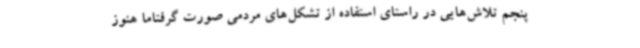
پنجم تلاش‌هایی در راستای استفاده از تشکل‌های مردمی صورت گرفتاما هنوز